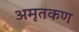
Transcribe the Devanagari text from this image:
अमृतकण